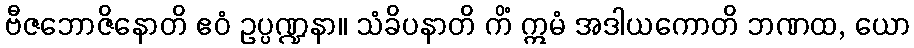
ဗီဇဘောဇိနောတိ ဧဝံ ဥပ္ပဏ္ဍနာ။ သံခိပနာတိ ကိံ ဣမံ အဒါယကောတိ ဘဏထ, ယော